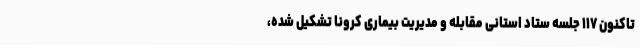
تاکنون ۱۱۷ جلسه ستاد استانی مقابله و مدیریت بیماری کرونا تشکیل شده،